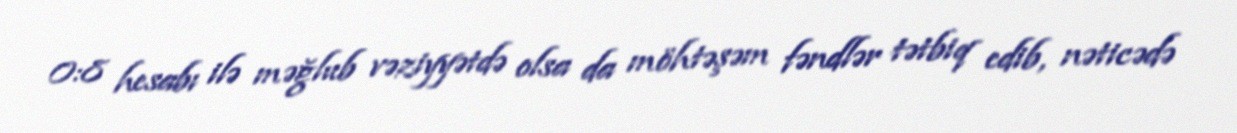
0:8 hesabı ilə məğlub vəziyyətdə olsa da möhtəşəm fəndlər tətbiq edib, nəticədə